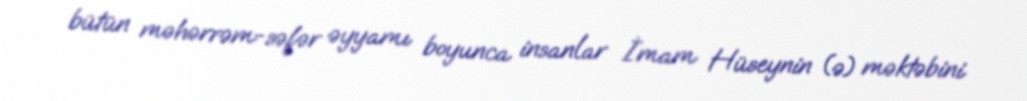
bütün məhərrəm-səfər əyyamı boyunca insanlar İmam Hüseynin (ə) məktəbini